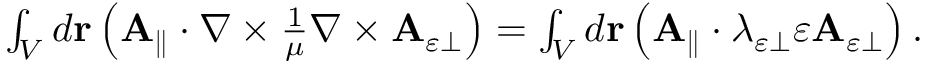
\begin{array} { r } { \int _ { V } d \mathbf { r } \left( \mathbf { A } _ { \parallel } \cdot \nabla \times \frac { 1 } { \mu } \nabla \times \mathbf { A } _ { \varepsilon \perp } \right) = \int _ { V } d \mathbf { r } \left( \mathbf { A } _ { \parallel } \cdot \lambda _ { \varepsilon \perp } \varepsilon \mathbf { A } _ { \varepsilon \perp } \right) . } \end{array}